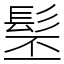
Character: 髬